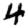
Digit: 4